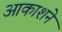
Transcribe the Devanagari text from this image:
आकाशने